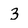
Character: 3